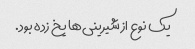
یک نوع از شیرینى‌ها یخ زده بود.